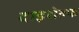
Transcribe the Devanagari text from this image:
दाइशेल्फ